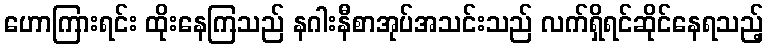
ဟောကြားရင်း ထိုးနေကြသည် နဂါးနီစာအုပ်အသင်းသည် လက်ရှိရင်ဆိုင်နေရသည့်